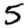
Digit: 5